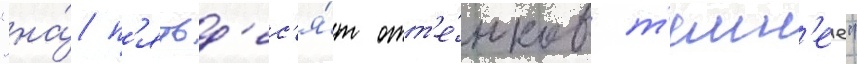
"на́ п'ятьд'ес'я́т отт'е́нков т'емн'ее"